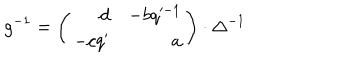
LaTeX: g ^ { - 1 } = \left( \begin{array} { r r } { { d } } & { { - b q ^ { - 1 } } } \\ { { - c q ^ { \prime } } } & { { a } } \\ \end{array} \right) \cdot \Delta ^ { - 1 }